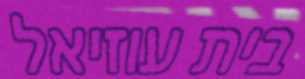
בית עוזיאל